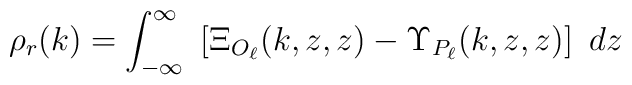
\rho_r(k) = \int_{-\infty}^{\infty} \ \left[\Xi_{O_{\ell}}(k,z,z) - \Upsilon_{P_{\ell}}(k,z,z)\right] \ dz